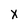
Character: X